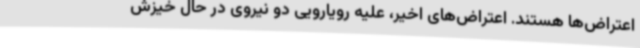
اعتراض‌ها هستند. اعتراض‌های اخیر، علیه رویارویی دو نیروی در حال خیزش